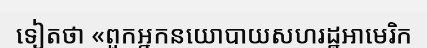
ទៀតថា «ពួកអ្នកនយោបាយសហរដ្ឋអាមេរិក